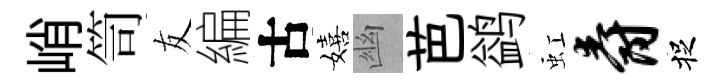
峭笥友編古嬉幽芭鹢虹爵捉